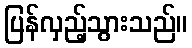
ပြန်လှည့်သွားသည်။